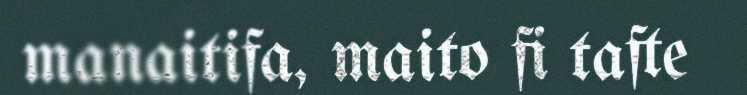
manaitifa, maito fi tafte